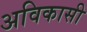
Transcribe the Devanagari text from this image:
अविकासी